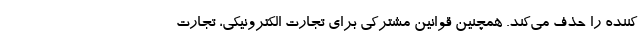
کننده را حذف می‌کند. همچنین قوانین مشترکی برای تجارت الکترونیکی، تجارت